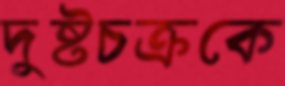
দুষ্টচক্রকে